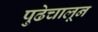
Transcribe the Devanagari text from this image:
पुढेचालून